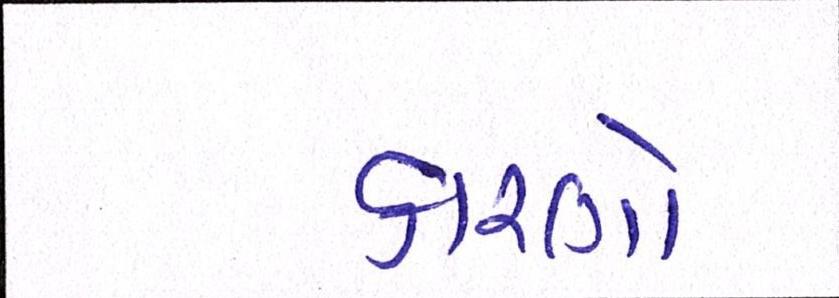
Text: કારણો